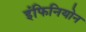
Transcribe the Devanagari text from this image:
इंफिनियोन